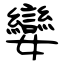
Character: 孌